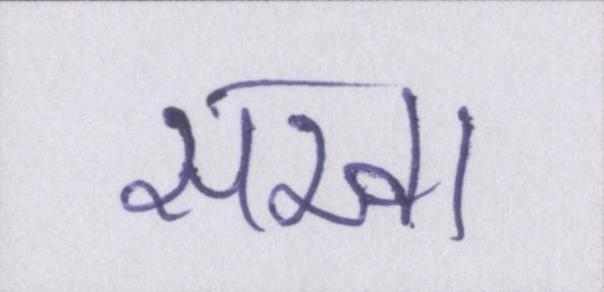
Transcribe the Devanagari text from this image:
सखा